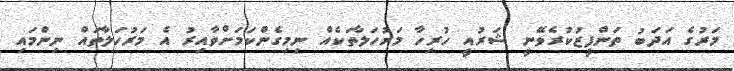
މަރުގެ އަދަބު ތަންފީޒުކުރެވޭނީ ޝަރުއީ ހުރިހާ މަރުހަލާތަކެއް ނިމިގެންކަމަށްވާއިރު އެ މަރުހަލާތައް ނިންމައި